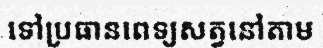
ទៅប្រធានពេទ្យសត្វនៅតាម